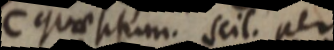
C quae situm. scil. per